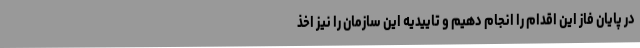
در پایان فاز این اقدام را انجام دهیم و تاییدیه این سازمان را نیز اخذ